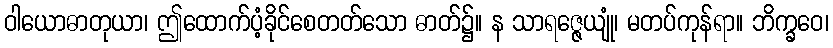
ဝါယောဓာတုယာ၊ ဤထောက်ပံ့ခိုင်စေတတ်သော ဓာတ်၌။ န သာရဇ္ဇေယျုံ၊ မတပ်ကုန်ရာ။ ဘိက္ခဝေ၊